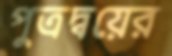
পুত্রদ্বয়ের